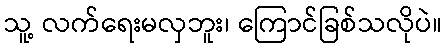
သူ့ လက်ရေးမလှဘူး၊ ကြောင်ခြစ်သလိုပဲ။